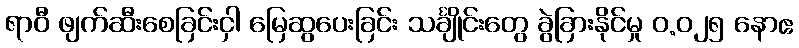
ရာဝီ ဖျက်ဆီးစေခြင်းငှါ မြေဆွပေးခြင်း သင်္ချိုင်းတွေ ခွဲခြားနိုင်မှု ၀.၀၂၅ နောဧ